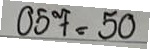
057 = 50